Document type: Oath
Year: 1447
Scribe: Pere Figuerola
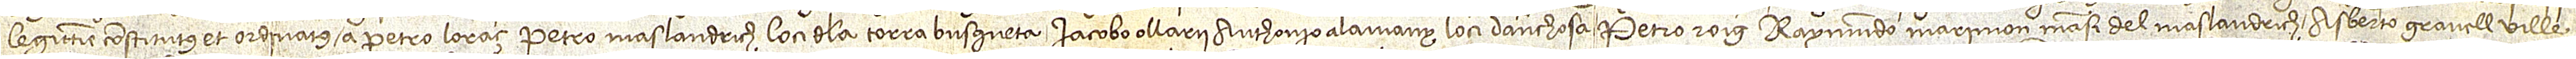
legittime constitutus et ordinatus a Petro Loraç, Petro Maslandrich, loci de la Torra Busqueta, Iacobo Ollarii, Anthonio Alamany, loci d’Anchosa, Petro Roig, Raymundo Marimon, mansi del Maslandrich, Asberto Granell, ville